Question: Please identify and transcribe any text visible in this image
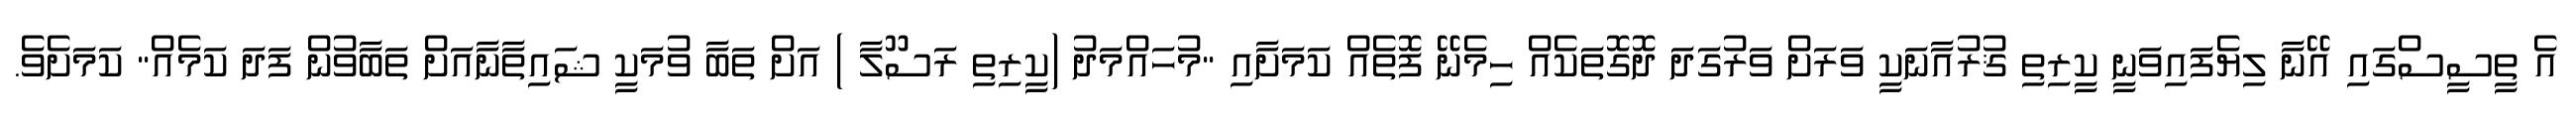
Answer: އެ ތީސީސްގައި އޭނާ ލިޔެފައިވަނީ ކީރިތި ޤުރުއާނަކީ ވަރަށް ވަރުގަދަ ދޮގޮތަކެއް ހިމެނޭ ފޮތެއް ކަމަށާއި "މުހައްމަދު (ކީރިތި ރަސޫލާ ) އަށް ތަބާ ވުމަކީ ޝައިތާނާއަށް ތަބާވުން ފަދަ ކަމެއް" ކަމަށެވެ.